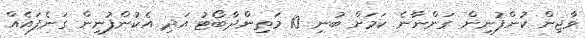
ވާޖިން ކުންފުނިން ގަންނާނެ ކަމަށް ބުނި 10 މަތިންދާބޯޓު އަދި އެކުންފުނިން ގަނެފައެއް